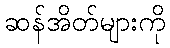
ဆန်အိတ်များကို